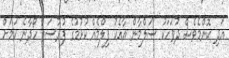
އަދި ކޮންމެވެސް ދުވަހަކު ސަލްމާން އާއެކު ފިލްމެއް ކުޅުމުގެ ފުރުސަތު ހޯދާނެ ކަމަށް